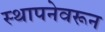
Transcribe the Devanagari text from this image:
स्थापनेवरून